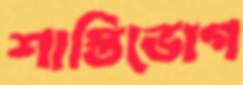
শাস্তিভোগ